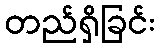
တည်ရှိခြင်း